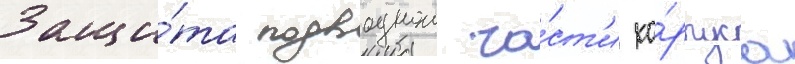
Защи́та подводнои ча́ст'и ко́рпуса